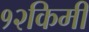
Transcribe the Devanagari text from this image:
१२किमी